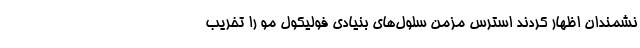
نشمندان اظهار کردند استرس مزمن سلول‌های بنیادی فولیکول مو را تخریب